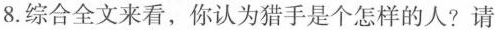
8.综合全文来看，你认为猎手是个怎样的人?请